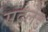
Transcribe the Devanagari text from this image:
सदर्लेंड